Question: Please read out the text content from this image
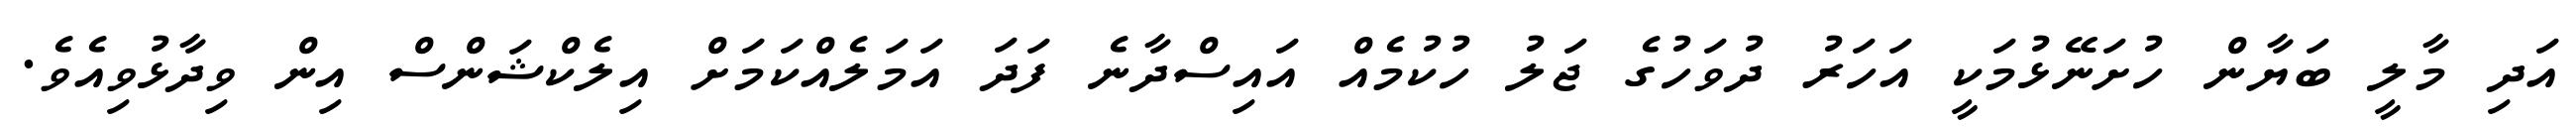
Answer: އަދި މާލީ ބަޔާން ހުށަނޭޅުމަކީ އަހަރު ދުވަހުގެ ޖަލު ހުކުމެއް އައިސްދާނެ ފަދަ އަމަލެއްކަމަށް އިލެކްޝަންސް އިން ވިދާޅުވިއެވެ.